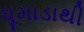
ધૂમાડાથી